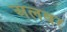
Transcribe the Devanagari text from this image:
अलबर